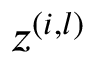
\boldsymbol { z } ^ { ( i , l ) }